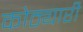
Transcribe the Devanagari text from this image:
कोठ्यारी